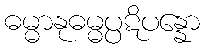
ဓမ္မာနုဓမ္မပ္ပဋိပန္နော